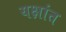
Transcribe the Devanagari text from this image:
यक्षांत